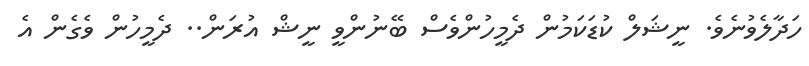
ހަދާލެވުނެވެ. ނީޝަލް ކުޑަކަމުން ދެމީހުންވެސް ބޭނުންވީ ނީޝް އުރަން.. ދެމީހުން ވެގެން އެ